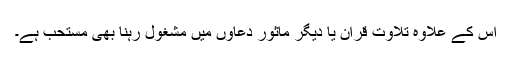
اس کے علاوہ تلاوتِ قرآن یا دیگر ماثور دعاؤں میں مشغول رہنا بھی مستحب ہے۔